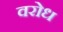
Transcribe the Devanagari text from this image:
वरोध